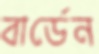
বার্ডেন